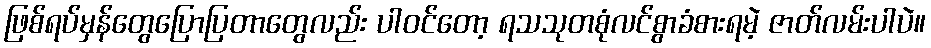
ဖြစ်ရပ်မှန်တွေပြောပြတာတွေလည်း ပါဝင်တော့ ရသသုတစုံလင်စွာခံစားရမဲ့ ဇာတ်လမ်းပါပဲ။